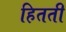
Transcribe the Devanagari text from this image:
हितती